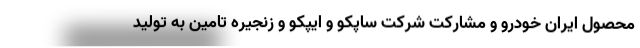
محصول ایران خودرو و مشارکت شرکت ساپکو و ایپکو و زنجیره تامین به تولید